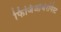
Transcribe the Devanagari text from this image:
फिजिओथेरपिस्ट